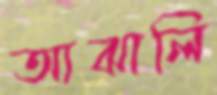
আঝালি